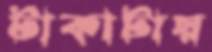
টাকাটায়